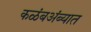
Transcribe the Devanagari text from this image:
कळंबअंब्यात